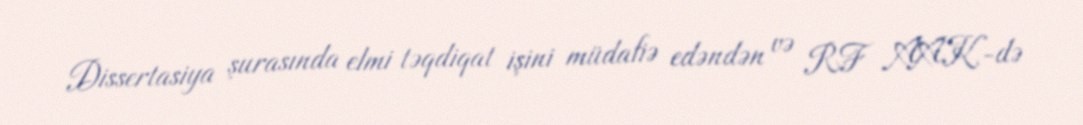
Dissertasiya şurasında elmi təqdiqat işini müdafiə edəndən və RF AAK-də